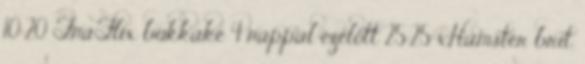
10:20 TnaFlix bukkake 4 nappal ezelőtt 25:25 xHamster brit,